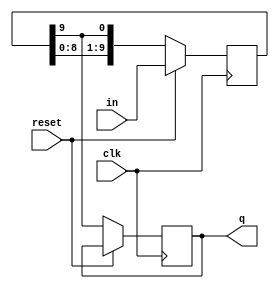
`timescale 1ns / 1ps
//////////////////////////////////////////////////////////////////////////////////
// Company: 
// Engineer: 
// 
// Design Name: 
// Module Name: xu_lie_generate
// Project Name: 
// Target Devices: 
// Tool Versions: 
// Description: 
// 
// Dependencies: 
// 
// Revision:
// Revision 0.01 - File Created
// Additional Comments:
// 
//////////////////////////////////////////////////////////////////////////////////


module xu_lie_generate(
    
    input clk,
    input reset,
    input[9:0] in,
    output q

    );
    reg dout;
    reg[9:0] temp;
    //synchron clock
    always@(posedge clk) begin
        if(reset) 
            temp <= in;
        else begin
            // last bit will be output
            dout <= temp[9];
            // left shift and feedback loop of the queue to generate periodic queue
            temp <= {temp[8:0], temp[9]};
        end
    end   
    
    assign q = dout;
    
endmodule